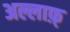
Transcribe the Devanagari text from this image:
अल्लाफ़्‌